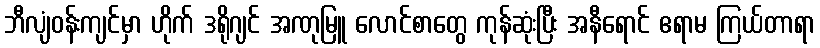
ဘီလျံဝန်းကျင်မှာ ဟိုက် ဒရိုဂျင် အဏုမြူ လောင်စာတွေ ကုန်ဆုံးပြီး အနီရောင် ဧရာမ ကြယ်တာရာ